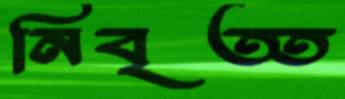
নিবৃত্ত